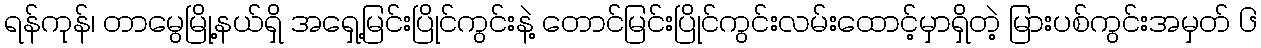
ရန်ကုန်၊ တာမွေမြို့နယ်ရှိ အရှေ့မြင်းပြိုင်ကွင်းနဲ့ တောင်မြင်းပြိုင်ကွင်းလမ်းထောင့်မှာရှိတဲ့ မြားပစ်ကွင်းအမှတ် ၆